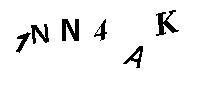
7NN4AK